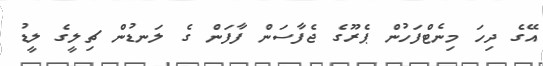
އޭގެ ދިހަ މިނެޓްފަހުން ޕެރޫގެ ޖެފާސަން ފާފަން ގެ ލަނޑުން ޗިލީގެ ލީޑު